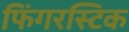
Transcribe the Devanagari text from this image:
फिंगरस्टिक